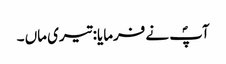
آپؐ نے فرمایا: تیری ماں ۔